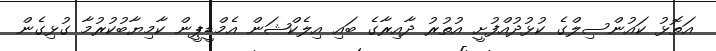
އަތޮޅު ކައުންސިލްގެ ކުޅުދުއްފުށީ އުތުރު ދާއިރާގެ ބައި އިލެކްޝަން އެމްޑީޕީން ކާމިޔާބުކުރުމާ ގުޅިގެން